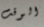
الوقت